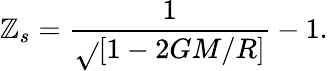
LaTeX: \mathbb{Z}_{s}={\frac{{1}}{{\sqrt{}{{[1-2GM/R]}}}}}-1.